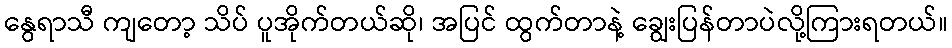
နွေရာသီ ကျတော့ သိပ် ပူအိုက်တယ်ဆို၊ အပြင် ထွက်တာနဲ့ ချွေးပြန်တာပဲလို့ကြားရတယ်။